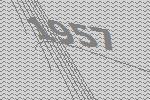
1957